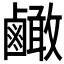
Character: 𪉿